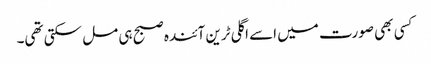
کسی بھی صورت میں اسے اگلی ٹرین آئندہ صبح ہی مل سکتی تھی۔